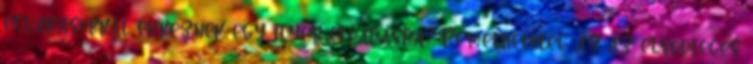
elvárásokkal érkeznek egy ilyen előadásra? Remélhetőleg az az elsődleges